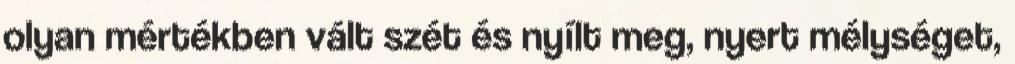
olyan mértékben vált szét és nyílt meg, nyert mélységet,